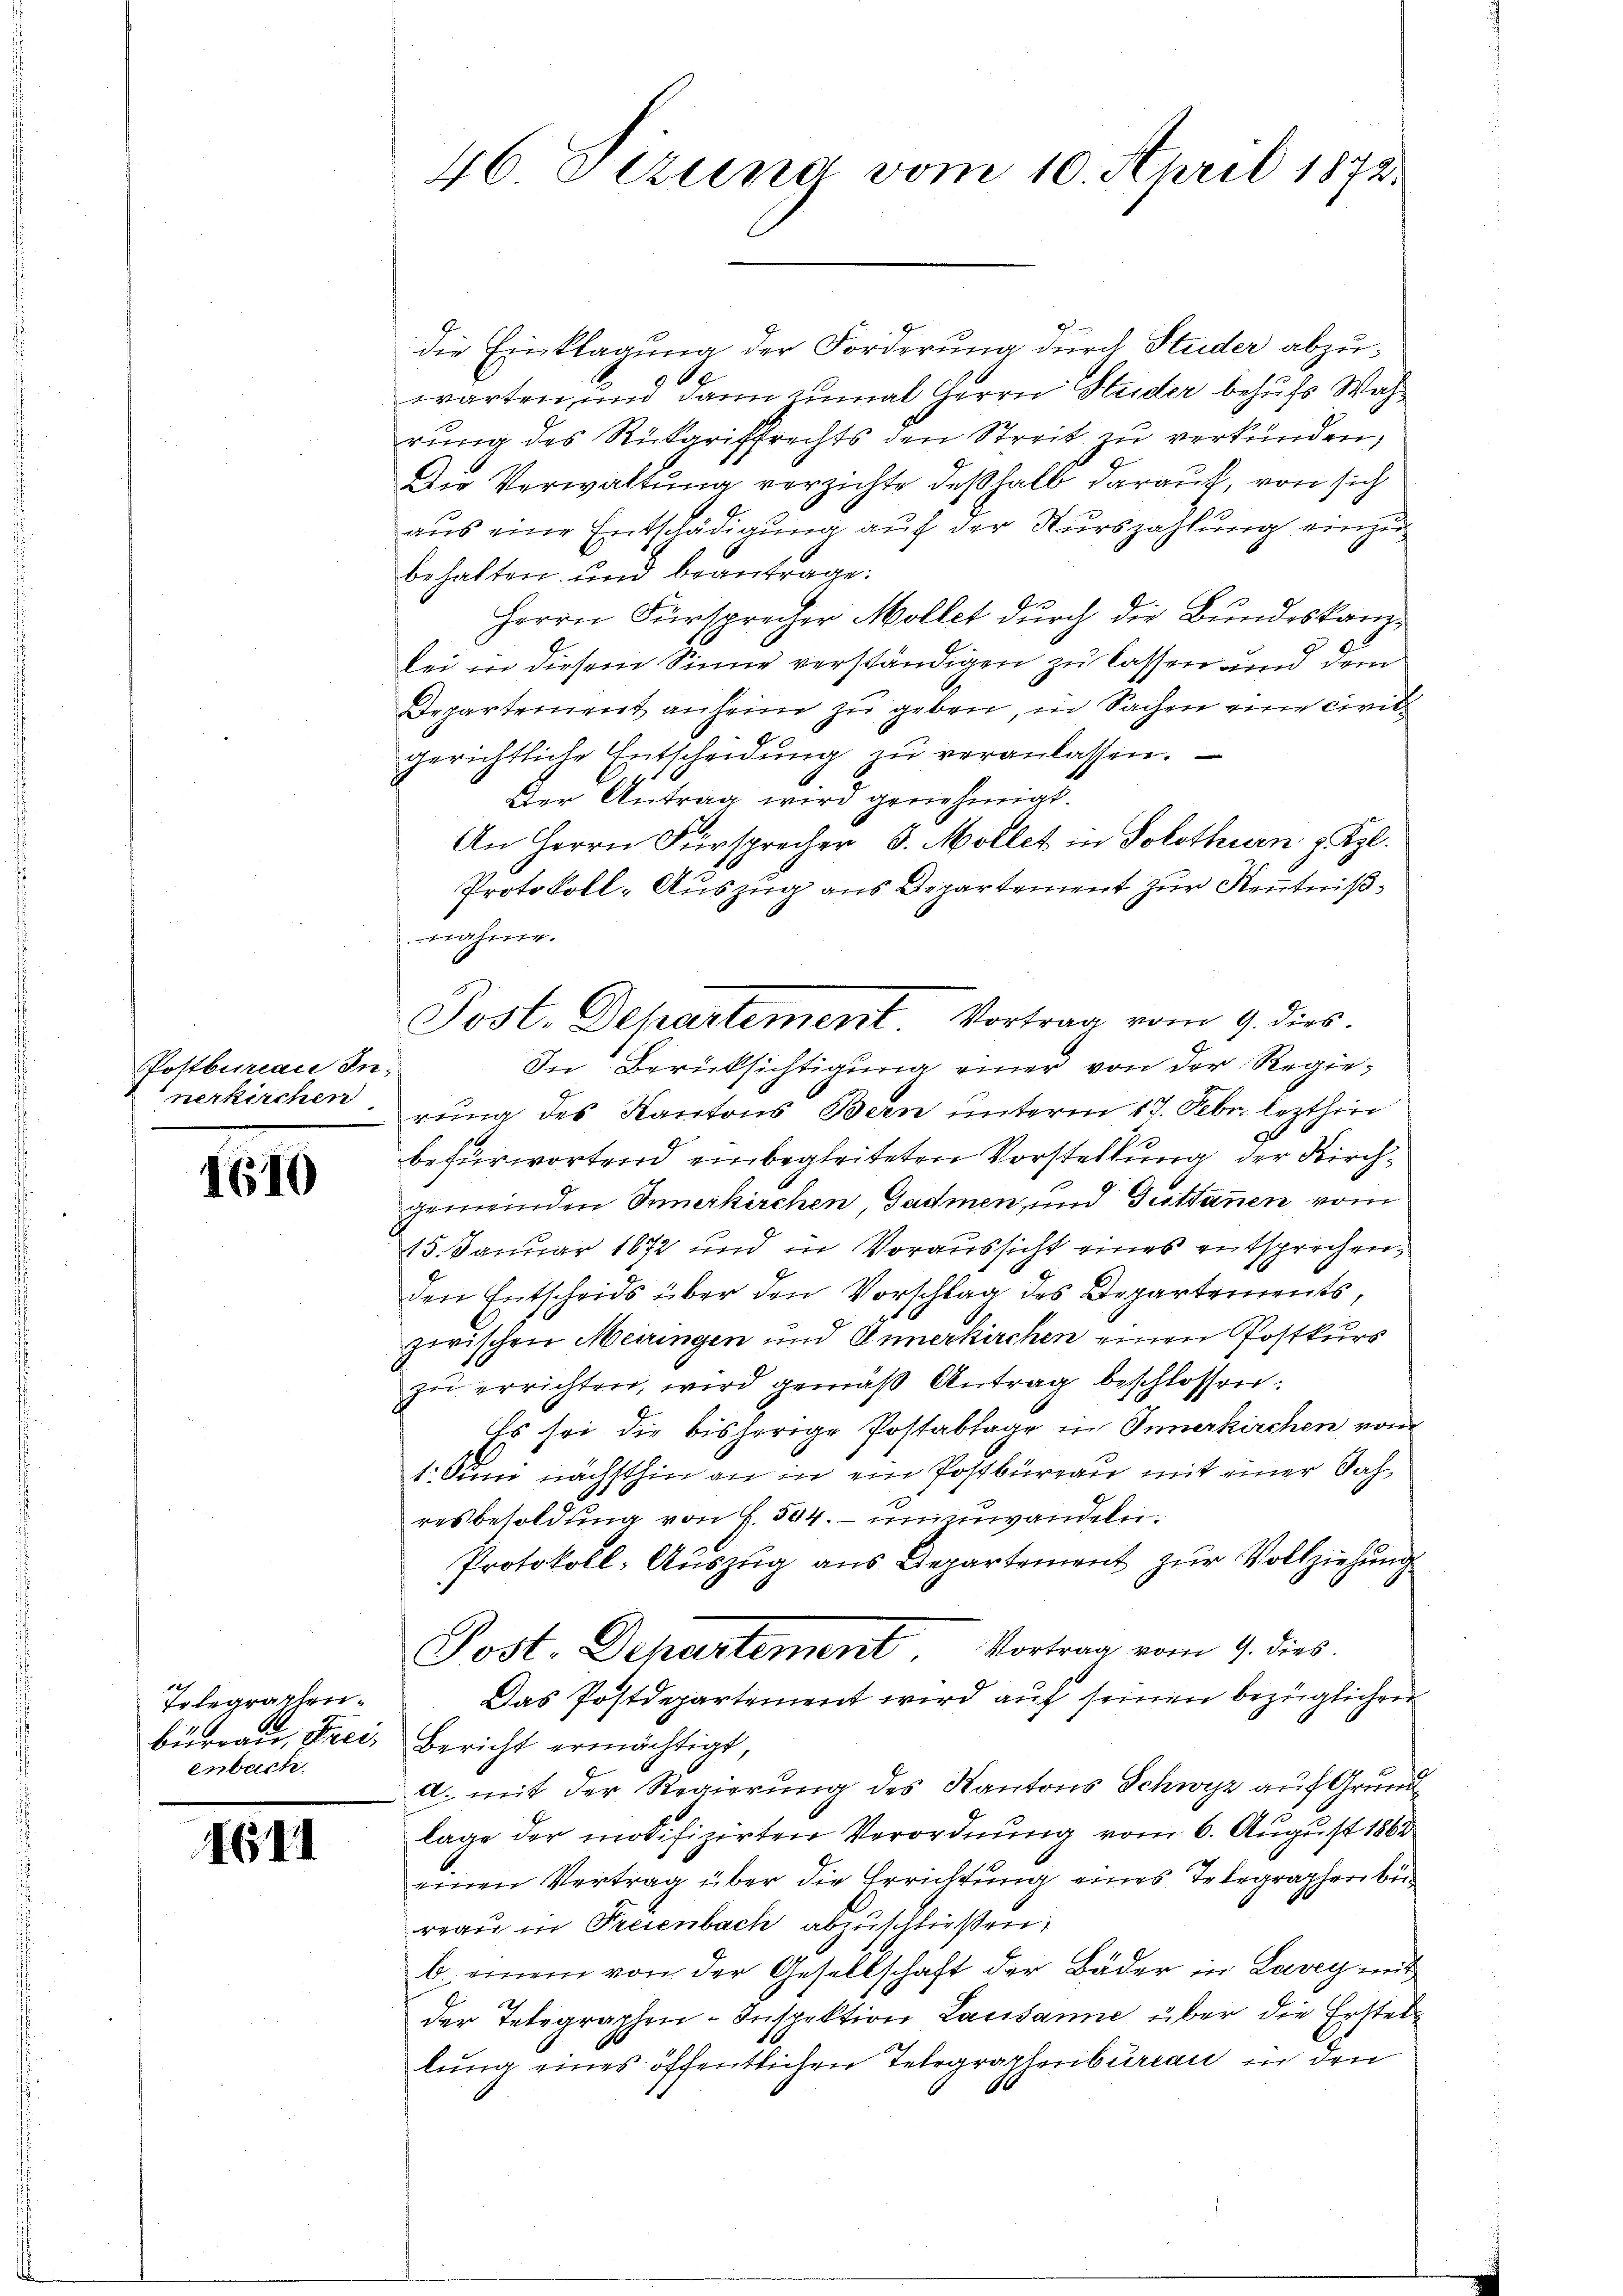
Postbureau In-
nerkirchen

1610

Tolegraphen.
büreau, Freienbach

4611

46 Etzung vom 10. April 1872.

die Einklagung der Forderung durch Studer abzuwarten, und dann zumal Herrn Huder behufs Wahrung des Rückgriffrechts den Streit zu verkünden,
Die Verwaltung verzichte deßhalb darauf, von sich
aus eine Entschädigung auf der Nurszahlung einzu
behalten und beantrage:
n
Herrn Fürsprecher Mollet durch die Bundeskanzlei in diesem Sinne verständigen zu lassen und dem
Departement anheim zu geben, in Sachen eine civit
gerichtliche Entscheidung zu veranlassen.
Der Antrag wird genehmigt.
An Herrn Fürsprecher d. Möllet in Solothurn z. Kgl.
Protokoll-Auszug aus Departement zur Kenntnißnahme.
In Berüksichtigung einer von der Regierung des Kantons Bern unterm 17. Febr. lezthin
befürwortend einbegleiteten Vorstellung der Kirchgemeinden Semerkirchen, Gadmen, und Guttannen vom
15. Januar 1872 und in Voraussicht eines entsprechen,
den Entscheids über den Vorschlag des Departements,
zwischen Meiringen und Innerkirchen einen Postkurs
zu errichten, wird gemäß Antrag beschlossen.
Es sei die bisherige Postablage in Innerkirchen vom
1. Juni nächsthin an in ein Postbüreau mit einer Sachresbesoldung von f. 504. unwandeln.
Protokoll-Auszug aus Departement zur Vollziehung
Post. Departement Vortrag vom 9. dies
Das Postdepartement wird auf seinen bezüglichen
Bericht ermächtigt,
a. mit der Regierung des Kantons Schwyz auf Grund
lage der modifizirten Verordnung vom 6. August 1864
einen Vertrag über die Errichtung eines Telegraphen bi
reau in Freienbach abzuschließen:
b. einem von der Gesellschaft der Bäder in Lavey mit
der Telegraphen-Inspektion Lausanne über die Erstellung eines öffentlichen Telegraphenbureau in den

Post. Departement, Vortrag vom 9. dies